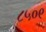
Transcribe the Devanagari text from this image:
८५०९